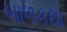
બાળકથા